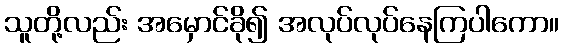
သူတို့လည်း အမှောင်ခို၍ အလုပ်လုပ်နေကြပါကော။